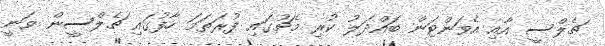
ޗެލްސީ އާއި އެވަންޓަން ބައްދަލު ކުރި މެޗުގައި ފުރަތަމަ ހާފުގައި ޗެލްސީން ވަނީ